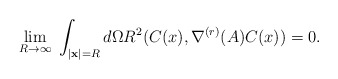
\begin{align*}\lim_{R \rightarrow \infty}\; \int_{\mid {\bf x}\mid = R} d\Omega R^{2} (C(x), \nabla^{(r)}(A)C(x)) =0.\end{align*}